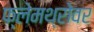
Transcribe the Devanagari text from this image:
फ्लेमथ्रोवर